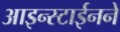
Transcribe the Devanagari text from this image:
आइन्स्टाईनने